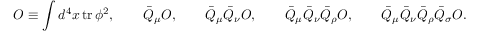
{ \cal O } \equiv \int d ^ { 4 } x \, \mathrm { t r } \, \phi ^ { 2 } , \qquad \bar { Q } _ { \mu } { \cal O } , \qquad \bar { Q } _ { \mu } \bar { Q } _ { \nu } { \cal O } , \qquad \bar { Q } _ { \mu } \bar { Q } _ { \nu } \bar { Q } _ { \rho } { \cal O } , \qquad \bar { Q } _ { \mu } \bar { Q } _ { \nu } \bar { Q } _ { \rho } \bar { Q } _ { \sigma } { \cal O } .